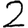
Digit: 2